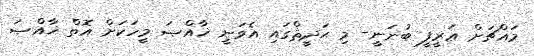
މައްޗަށް ޢަރީފީ ބުނަނީ- މި ޙަދީޘްގައި އެވަނީ ޚާއްޞަ މީހަކަށް އޮތް ޚާއްޞަ